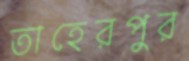
তাহেরপুর